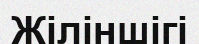
Жіліншігі